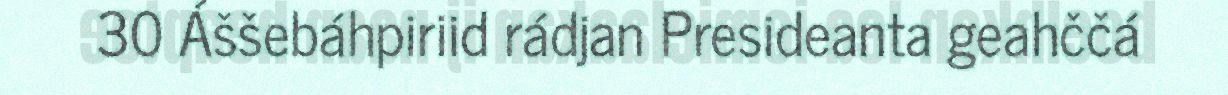
30 Áššebáhpiriid rádjan Presideanta geahččá